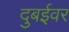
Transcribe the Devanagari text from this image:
दुबईवर